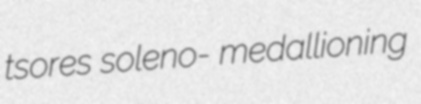
tsores soleno- medallioning